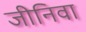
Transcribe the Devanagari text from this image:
जीनिवा